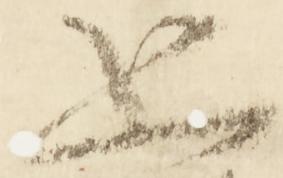
恐